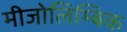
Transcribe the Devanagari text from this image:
मीजोलिम्बिक